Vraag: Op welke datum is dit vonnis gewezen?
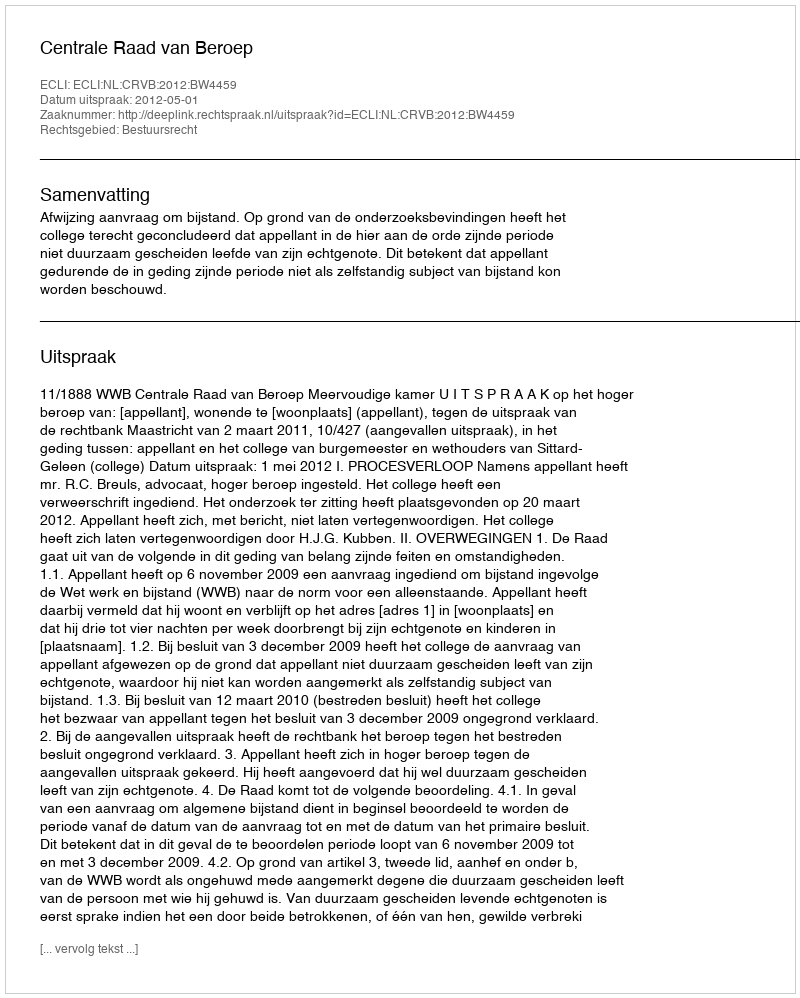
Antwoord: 2012-05-01